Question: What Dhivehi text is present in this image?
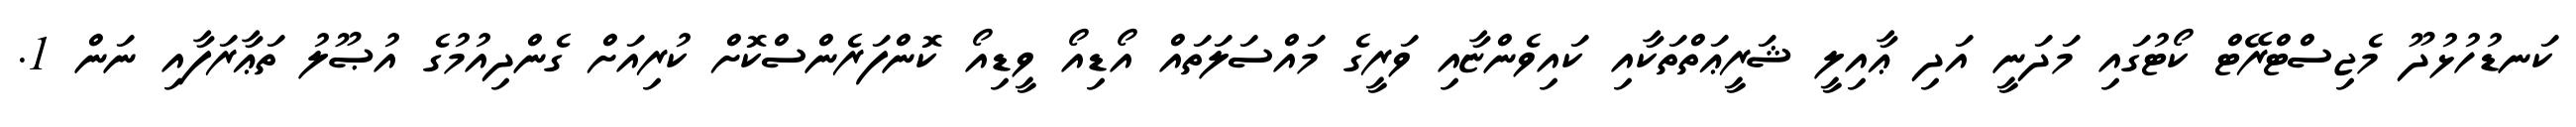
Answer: ކަނޑުހުޅުދޫ މެޖިސްޓްރޭޓް ކޯޓުގައި މަދަނީ އަދި ޢާއިލީ ޝަރީޢަތްތަކާއި ކައިވެންޏާއި ވަރީގެ މައްސަލަތައް އޯޑިއޯ ވީޑިއޯ ކޮންފަރެންސްކޮށް ކުރިއަށް ގެންދިއުމުގެ އުޞޫލު ތަޢާރަފާއި ނަން 1.